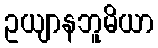
ဥယျာနဘူမိယာ